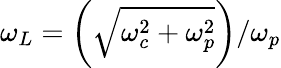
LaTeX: \omega_{L}=\left(\sqrt{\omega_{c}^{2}+\omega_{p}^{2}}\right)/\omega_{p}